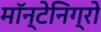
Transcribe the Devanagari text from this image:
मॉन्टेनिग्रो